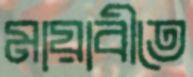
মায়াবীতে